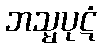
ဘသ္မပုဋံ